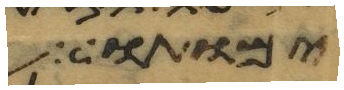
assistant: ימותו